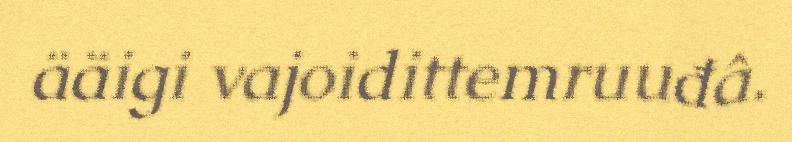
ääigi vajoidittemruuđâ.